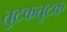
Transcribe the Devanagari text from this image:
तुटकतुटक